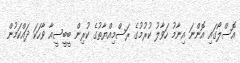
އޮސްލޯގައި އޮންނަ އިނާމު ހަވާލު ކުރުމުގެ ރަސްމިއްޔާތުގެ ކުރިން ބީބީސީއާ ވާހަކަ ދައްކަމުން